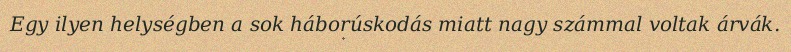
Egy ilyen helységben a sok háborúskodás miatt nagy számmal voltak árvák.